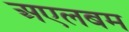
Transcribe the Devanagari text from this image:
अएलबम